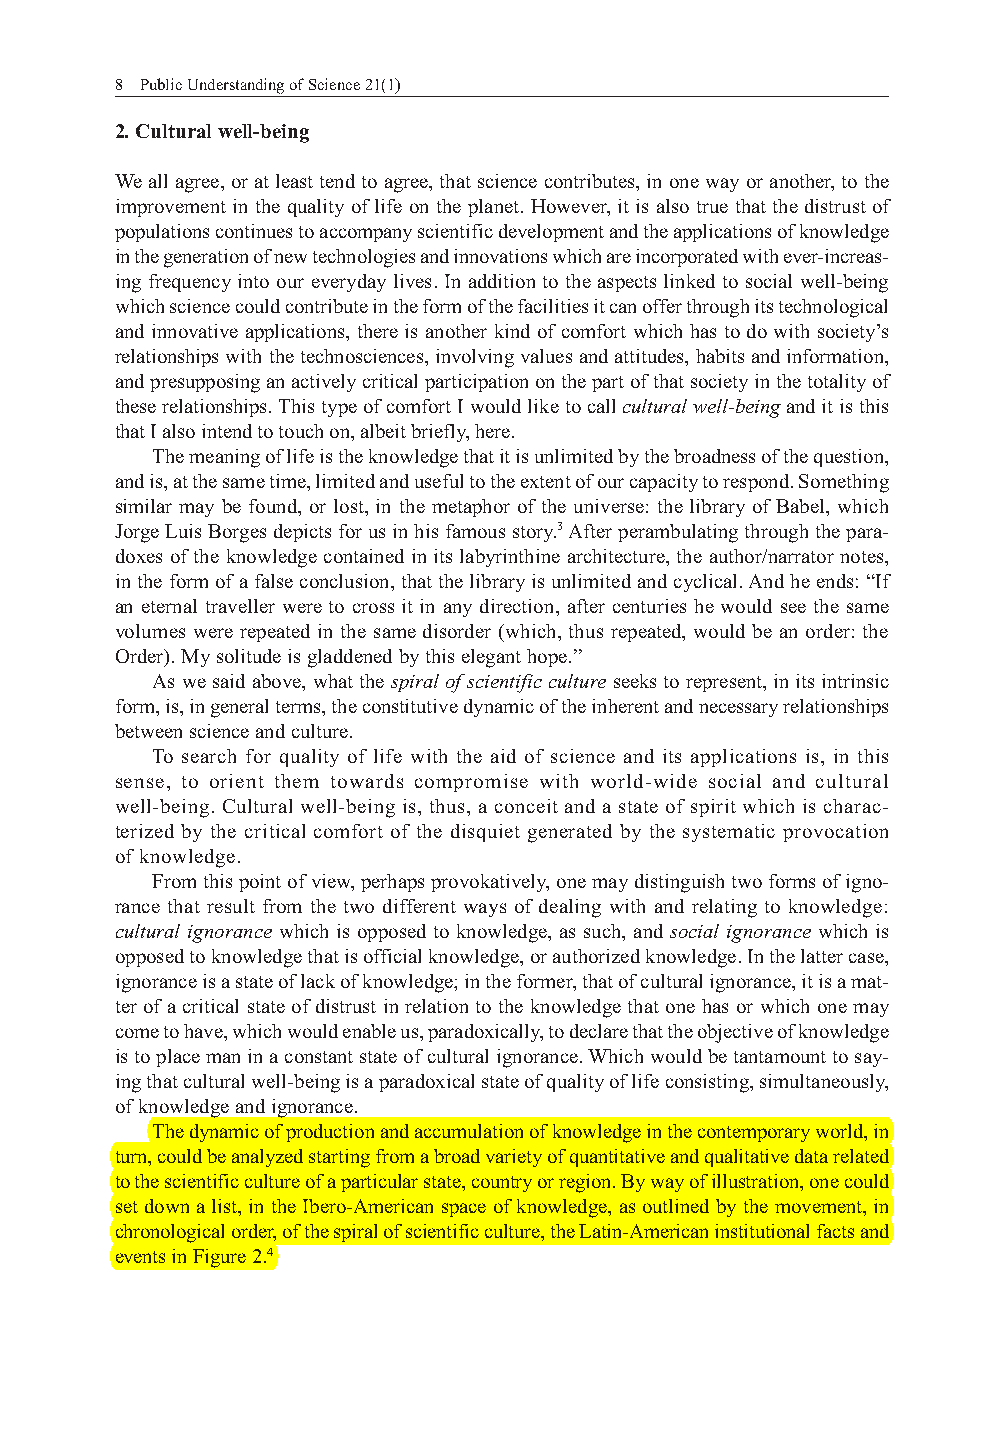
8 Public Understanding of Science 21(1)
 2. Cultural well-being
 We all agree, or at least tend to agree, that science contributes, in one way or another, to the
 improvement in the quality of life on the planet. However, it is also true that the distrust of
 populations continues to accompany scientific development and the applications of knowledge
 in the generation of new technologies and innovations which are incorporated with ever-increas-
 ing frequency into our everyday lives. In addition to the aspects linked to social well-being
 which science could contribute in the form of the facilities it can offer through its technological
 and innovative applications, there is another kind of comfort which has to do with society’s
 relationships with the technosciences, involving values and attitudes, habits and information,
 and presupposing an actively critical participation on the part of that society in the totality of
 these relationships. This type of comfort I would like to call cultural well-being and it is this
 that I also intend to touch on, albeit briefly, here.
 The meaning of life is the knowledge that it is unlimited by the broadness of the question,
 and is, at the same time, limited and useful to the extent of our capacity to respond. Something
 similar may be found, or lost, in the metaphor of the universe: the library of Babel, which
 Jorge Luis Borges depicts for us in his famous story.3 After perambulating through the para-
 doxes of the knowledge contained in its labyrinthine architecture, the author/narrator notes,
 in the form of a false conclusion, that the library is unlimited and cyclical. And he ends: “If
 an eternal traveller were to cross it in any direction, after centuries he would see the same
 volumes were repeated in the same disorder (which, thus repeated, would be an order: the
 Order). My solitude is gladdened by this elegant hope.”
 As we said above, what the spiral of scientific culture seeks to represent, in its intrinsic
 form, is, in general terms, the constitutive dynamic of the inherent and necessary relationships
 between science and culture.
 To search for quality of life with the aid of science and its applications is, in this
 sense, to orient them towards compromise with world-wide social and cultural
 well-being. Cultural well-being is, thus, a conceit and a state of spirit which is charac-
 terized by the critical comfort of the disquiet generated by the systematic provocation
 of knowledge.
 From this point of view, perhaps provokatively, one may distinguish two forms of igno-
 rance that result from the two different ways of dealing with and relating to knowledge:
 cultural ignorance which is opposed to knowledge, as such, and social ignorance which is
 opposed to knowledge that is official knowledge, or authorized knowledge. In the latter case,
 ignorance is a state of lack of knowledge; in the former, that of cultural ignorance, it is a mat-
 ter of a critical state of distrust in relation to the knowledge that one has or which one may
 come to have, which would enable us, paradoxically, to declare that the objective of knowledge
 is to place man in a constant state of cultural ignorance. Which would be tantamount to say-
 ing that cultural well-being is a paradoxical state of quality of life consisting, simultaneously,
 of knowledge and ignorance.
 The dynamic of production and accumulation of knowledge in the contemporary world, in
 turn, could be analyzed starting from a broad variety of quantitative and qualitative data related
 to the scientific culture of a particular state, country or region. By way of illustration, one could
 set down a list, in the Ibero-American space of knowledge, as outlined by the movement, in
 chronological order, of the spiral of scientific culture, the Latin-American institutional facts and
 events in Figure 2.4